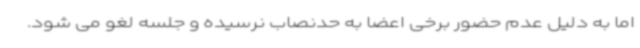
اما به دلیل عدم حضور برخی اعضا به حدنصاب نرسیده و جلسه لغو می شود.